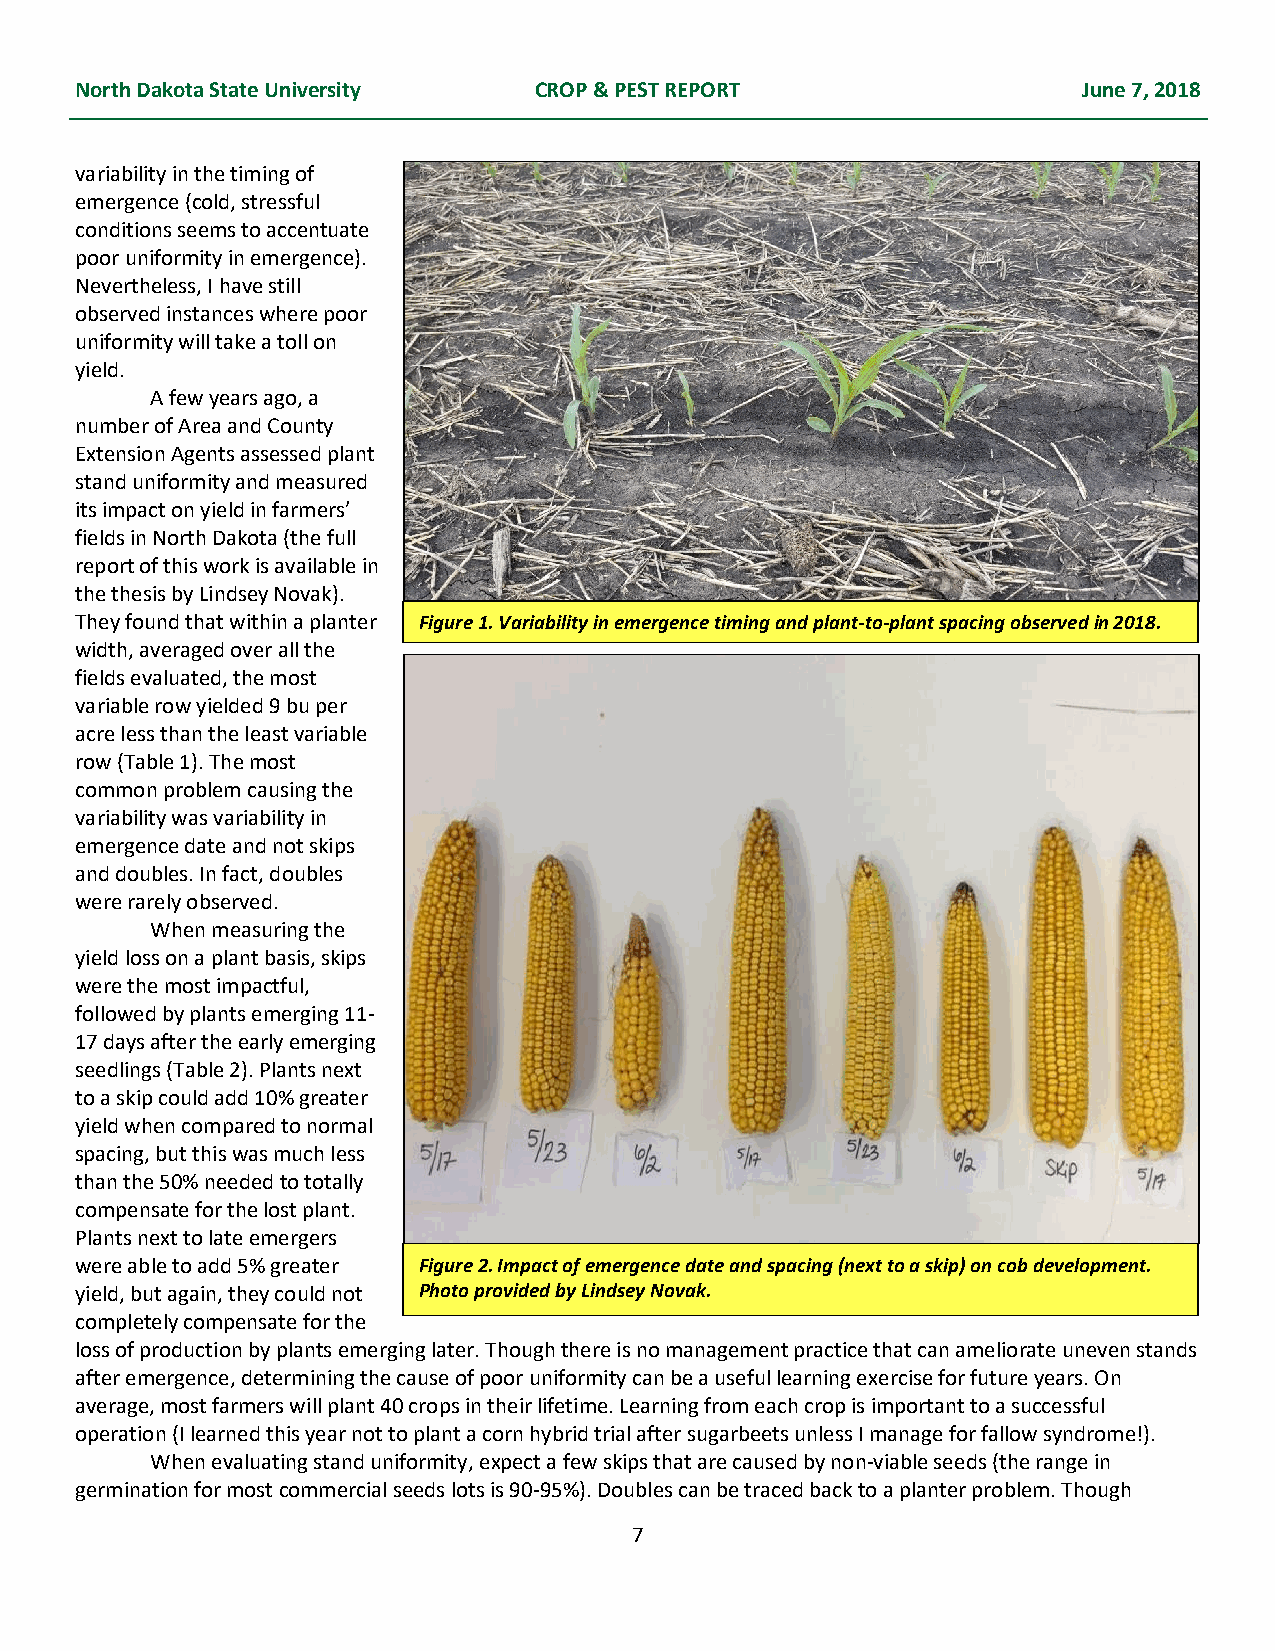
North Dakota State University CROP & PEST REPORT                   June 7, 2018
 variability in the timing of
 emergence (cold, stressful
 conditions seems to accentuate
 poor uniformity in emergence).
 Nevertheless, I have still
 observed instances where poor
 uniformity will take a toll on
 yield.
 A few years ago, a
 number of Area and County
 Extension Agents assessed plant
 stand uniformity and measured
 its impact on yield in farmers’
 fields in North Dakota (the full
 report of this work is available in
 the thesis by Lindsey Novak).
 They found that within a planter Figure 1. Variability in emergence timing and plant-to-plant spacing observed in 2018.
 width, averaged over all the
 fields evaluated, the most
 variable row yielded 9 bu per
 acre less than the least variable
 row (Table 1). The most
 common problem causing the
 variability was variability in
 emergence date and not skips
 and doubles. In fact, doubles
 were rarely observed.
 When measuring the
 yield loss on a plant basis, skips
 were the most impactful,
 followed by plants emerging 11-
 17 days after the early emerging
 seedlings (Table 2). Plants next
 to a skip could add 10% greater
 yield when compared to normal
 spacing, but this was much less
 than the 50% needed to totally
 compensate for the lost plant.
 Plants next to late emergers
 were able to add 5% greater Figure 2. Impact of emergence date and spacing (next to a skip) on cob development.
 yield, but again, they could not Photo provided by Lindsey Novak.
 completely compensate for the
 loss of production by plants emerging later. Though there is no management practice that can ameliorate uneven stands
 after emergence, determining the cause of poor uniformity can be a useful learning exercise for future years. On
 average, most farmers will plant 40 crops in their lifetime. Learning from each crop is important to a successful
 operation (I learned this year not to plant a corn hybrid trial after sugarbeets unless I manage for fallow syndrome!).
 When evaluating stand uniformity, expect a few skips that are caused by non-viable seeds (the range in
 germination for most commercial seeds lots is 90-95%). Doubles can be traced back to a planter problem. Though
 7